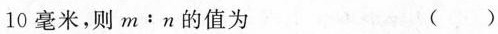
10毫米，则m：n的值为 ( )